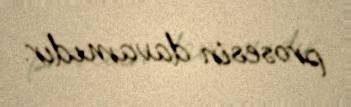
prosesin davamıdır.